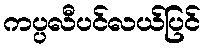
ကပ္ပလီပင်လယ်ပြင်